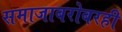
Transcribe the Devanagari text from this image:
समाजाबरोबरही